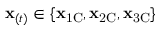
\mathbf { x } _ { ( t ) } \in \{ \mathbf { x } _ { \mathrm { 1 C } } , \mathbf { x } _ { \mathrm { 2 C } } , \mathbf { x } _ { \mathrm { 3 C } } \}